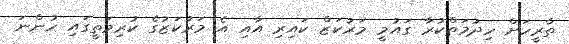
ތާރީހަށް ހިދުމަތްކުރާ ގައުމީ މަރުކަޒް ކައިރި އާއި އެ މަރުކަޒުގެ ކުރިމަތީގައި ހުންނަ